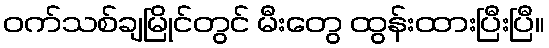
ဝက်သစ်ချမြိုင်တွင် မီးတွေ ထွန်းထားပြီးပြီ။